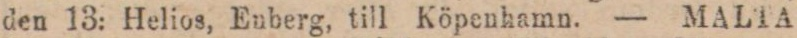
den 13: Helios, Euberg, till Köpenhamn. — MALTA